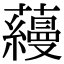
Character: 蘰